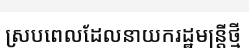
ស្របពេលដែលនាយករដ្ឋមន្ត្រីថ្មី